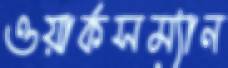
ওয়ার্কসম্যান